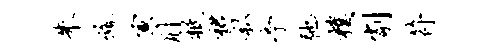
朱旒寅肘柢裙私亭弛朴削符